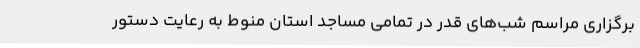
برگزاری مراسم شب‌های قدر در تمامی مساجد استان منوط به رعایت دستور